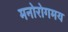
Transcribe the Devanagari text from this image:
मनोरोगमय